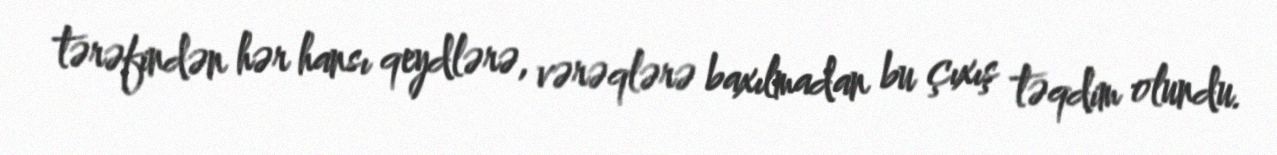
tərəfindən hər hansı qeydlərə, vərəqlərə baxılmadan bu çıxış təqdim olundu.